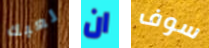
لعبك ان سوف